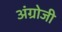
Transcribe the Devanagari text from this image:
अंग्रोजी